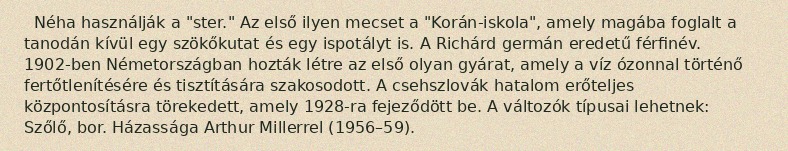
Néha használják a "ster." Az első ilyen mecset a "Korán-iskola", amely magába foglalt a tanodán kívül egy szökőkutat és egy ispotályt is. A Richárd germán eredetű férfinév. 1902-ben Németországban hozták létre az első olyan gyárat, amely a víz ózonnal történő fertőtlenítésére és tisztítására szakosodott. A csehszlovák hatalom erőteljes központosításra törekedett, amely 1928-ra fejeződött be. A változók típusai lehetnek: Szőlő, bor. Házassága Arthur Millerrel (1956–59).